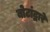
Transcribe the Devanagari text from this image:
बोटांद्वारे